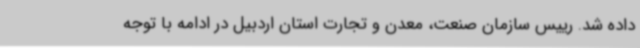
داده شد. رییس سازمان صنعت، معدن و تجارت استان اردبیل در ادامه با توجه